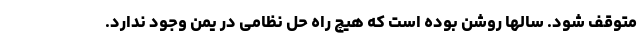
متوقف شود. سالها روشن بوده است که هیچ راه حل نظامی در یمن وجود ندارد.